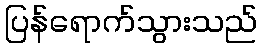
ပြန်ရောက်သွားသည်